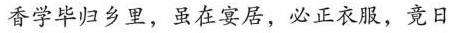
香学毕归乡里，虽在宴居，必正衣服，竟日